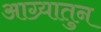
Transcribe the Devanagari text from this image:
आग्र्यातुन